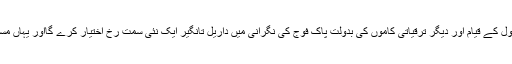
امید یہی کی جاسکتی ہے کہ آرمی پبلک سکول کے قیام اور دیگر ترقیاتی کاموں کی بدولت پاک فوج کی نگرانی میں داریل تانگیر ایک نئی سمت رخ اختیار کرے گااور یہاں مستقبل میں ترقی کی نئی راہیں کھل جائیں گی۔